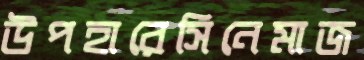
উপহারেসিনেমাজ